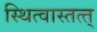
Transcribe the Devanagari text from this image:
स्थित्वास्तत्त्